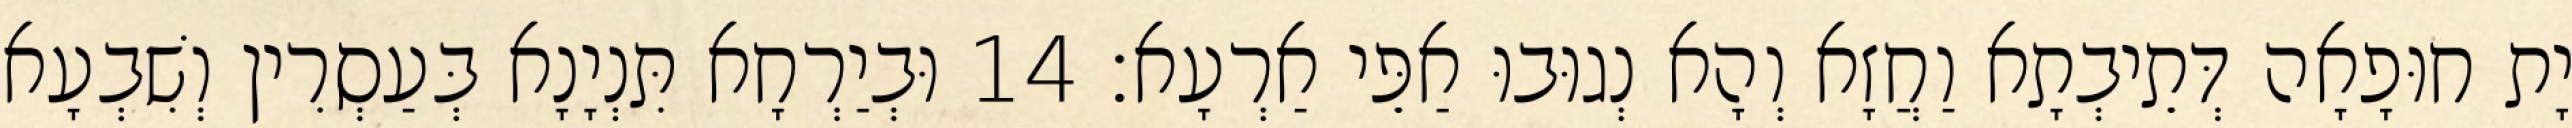
יָת חוּפָאָה דְּתֵיבְתָא וַחֲזָא וְהָא נְגוּבוּ אַפֵּי אַרְעָא׃ 14 וּבְיַרְחָא תִּנְיָנָא בְּעַסְרִין וְשִׁבְעָא